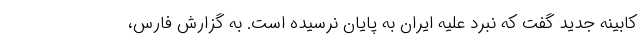
کابینه جدید گفت که نبرد علیه ایران به پایان نرسیده است. به گزارش فارس،